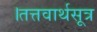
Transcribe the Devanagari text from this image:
।तत्तवार्थसूत्र